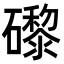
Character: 𥗍